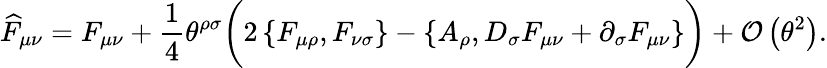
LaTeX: \widehat{F}_{\mu\nu}=F_{\mu\nu}+\frac{1}{4}\theta^{\rho\sigma}\bigg(2\left\{ F_{\mu\rho},F_{\nu\sigma}\right\} -\left\{ A_{\rho},D_{\sigma}F_{\mu\nu}+\partial_{\sigma}F_{\mu\nu}\right\} \bigg)+{\cal O}\left(\theta^{2}\right).